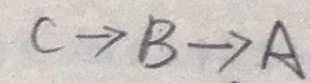
C \rightarrow B \rightarrow A